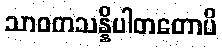
သာဝကသန္နိပါတတောပိ